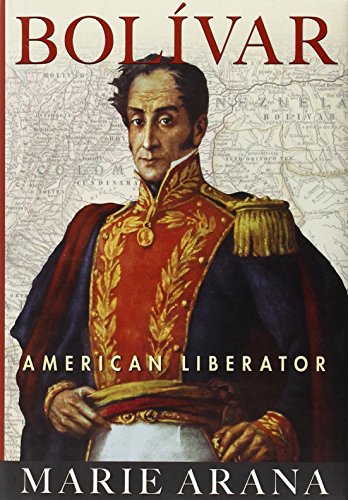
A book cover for Bolivar: American Liberator; Marie Arana; Biographies & Memoirs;